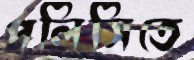
পলিসিতে